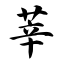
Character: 莘